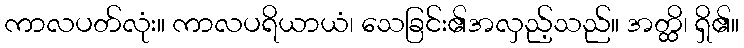
ကာလပတ်လုံး။ ကာလပရိယာယံ၊ သေခြင်း၏အလှည့်သည်။ အတ္ထိ၊ ရှိ၏။